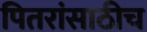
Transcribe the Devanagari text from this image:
पितरांसाठीच